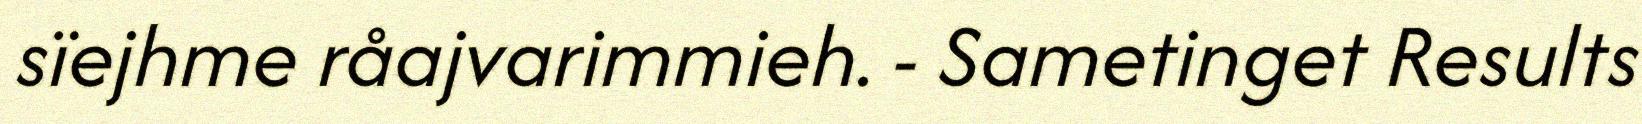
sïejhme råajvarimmieh. - Sametinget Results